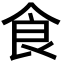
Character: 食